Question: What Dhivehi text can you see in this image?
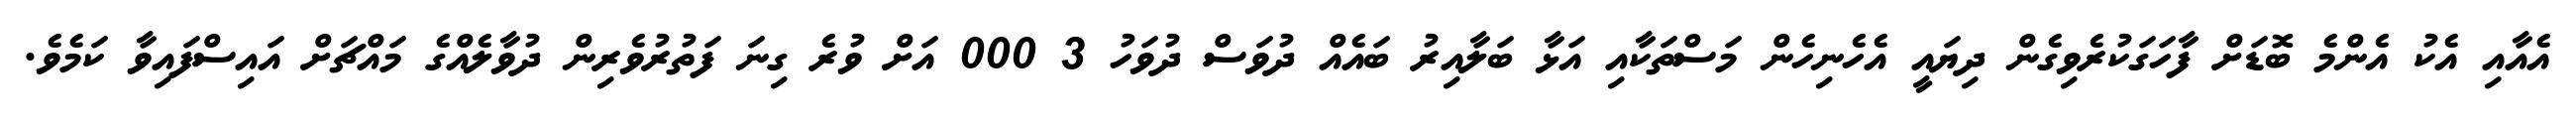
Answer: އެއާއި އެކު އެންމެ ބޮޑަށް ފާހަގަކުރެވިގެން ދިޔައީ އެހެނިހެން މަސްތަކާއި އަޅާ ބަލާއިރު ބައެއް ދުވަސް ދުވަހު 3 000 އަށް ވުރެ ގިނަ ފަތުރުވެރިން ދުވާލެއްގެ މައްޗަށް އައިސްފައިވާ ކަމެވެ.